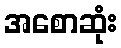
အစောဆုံး